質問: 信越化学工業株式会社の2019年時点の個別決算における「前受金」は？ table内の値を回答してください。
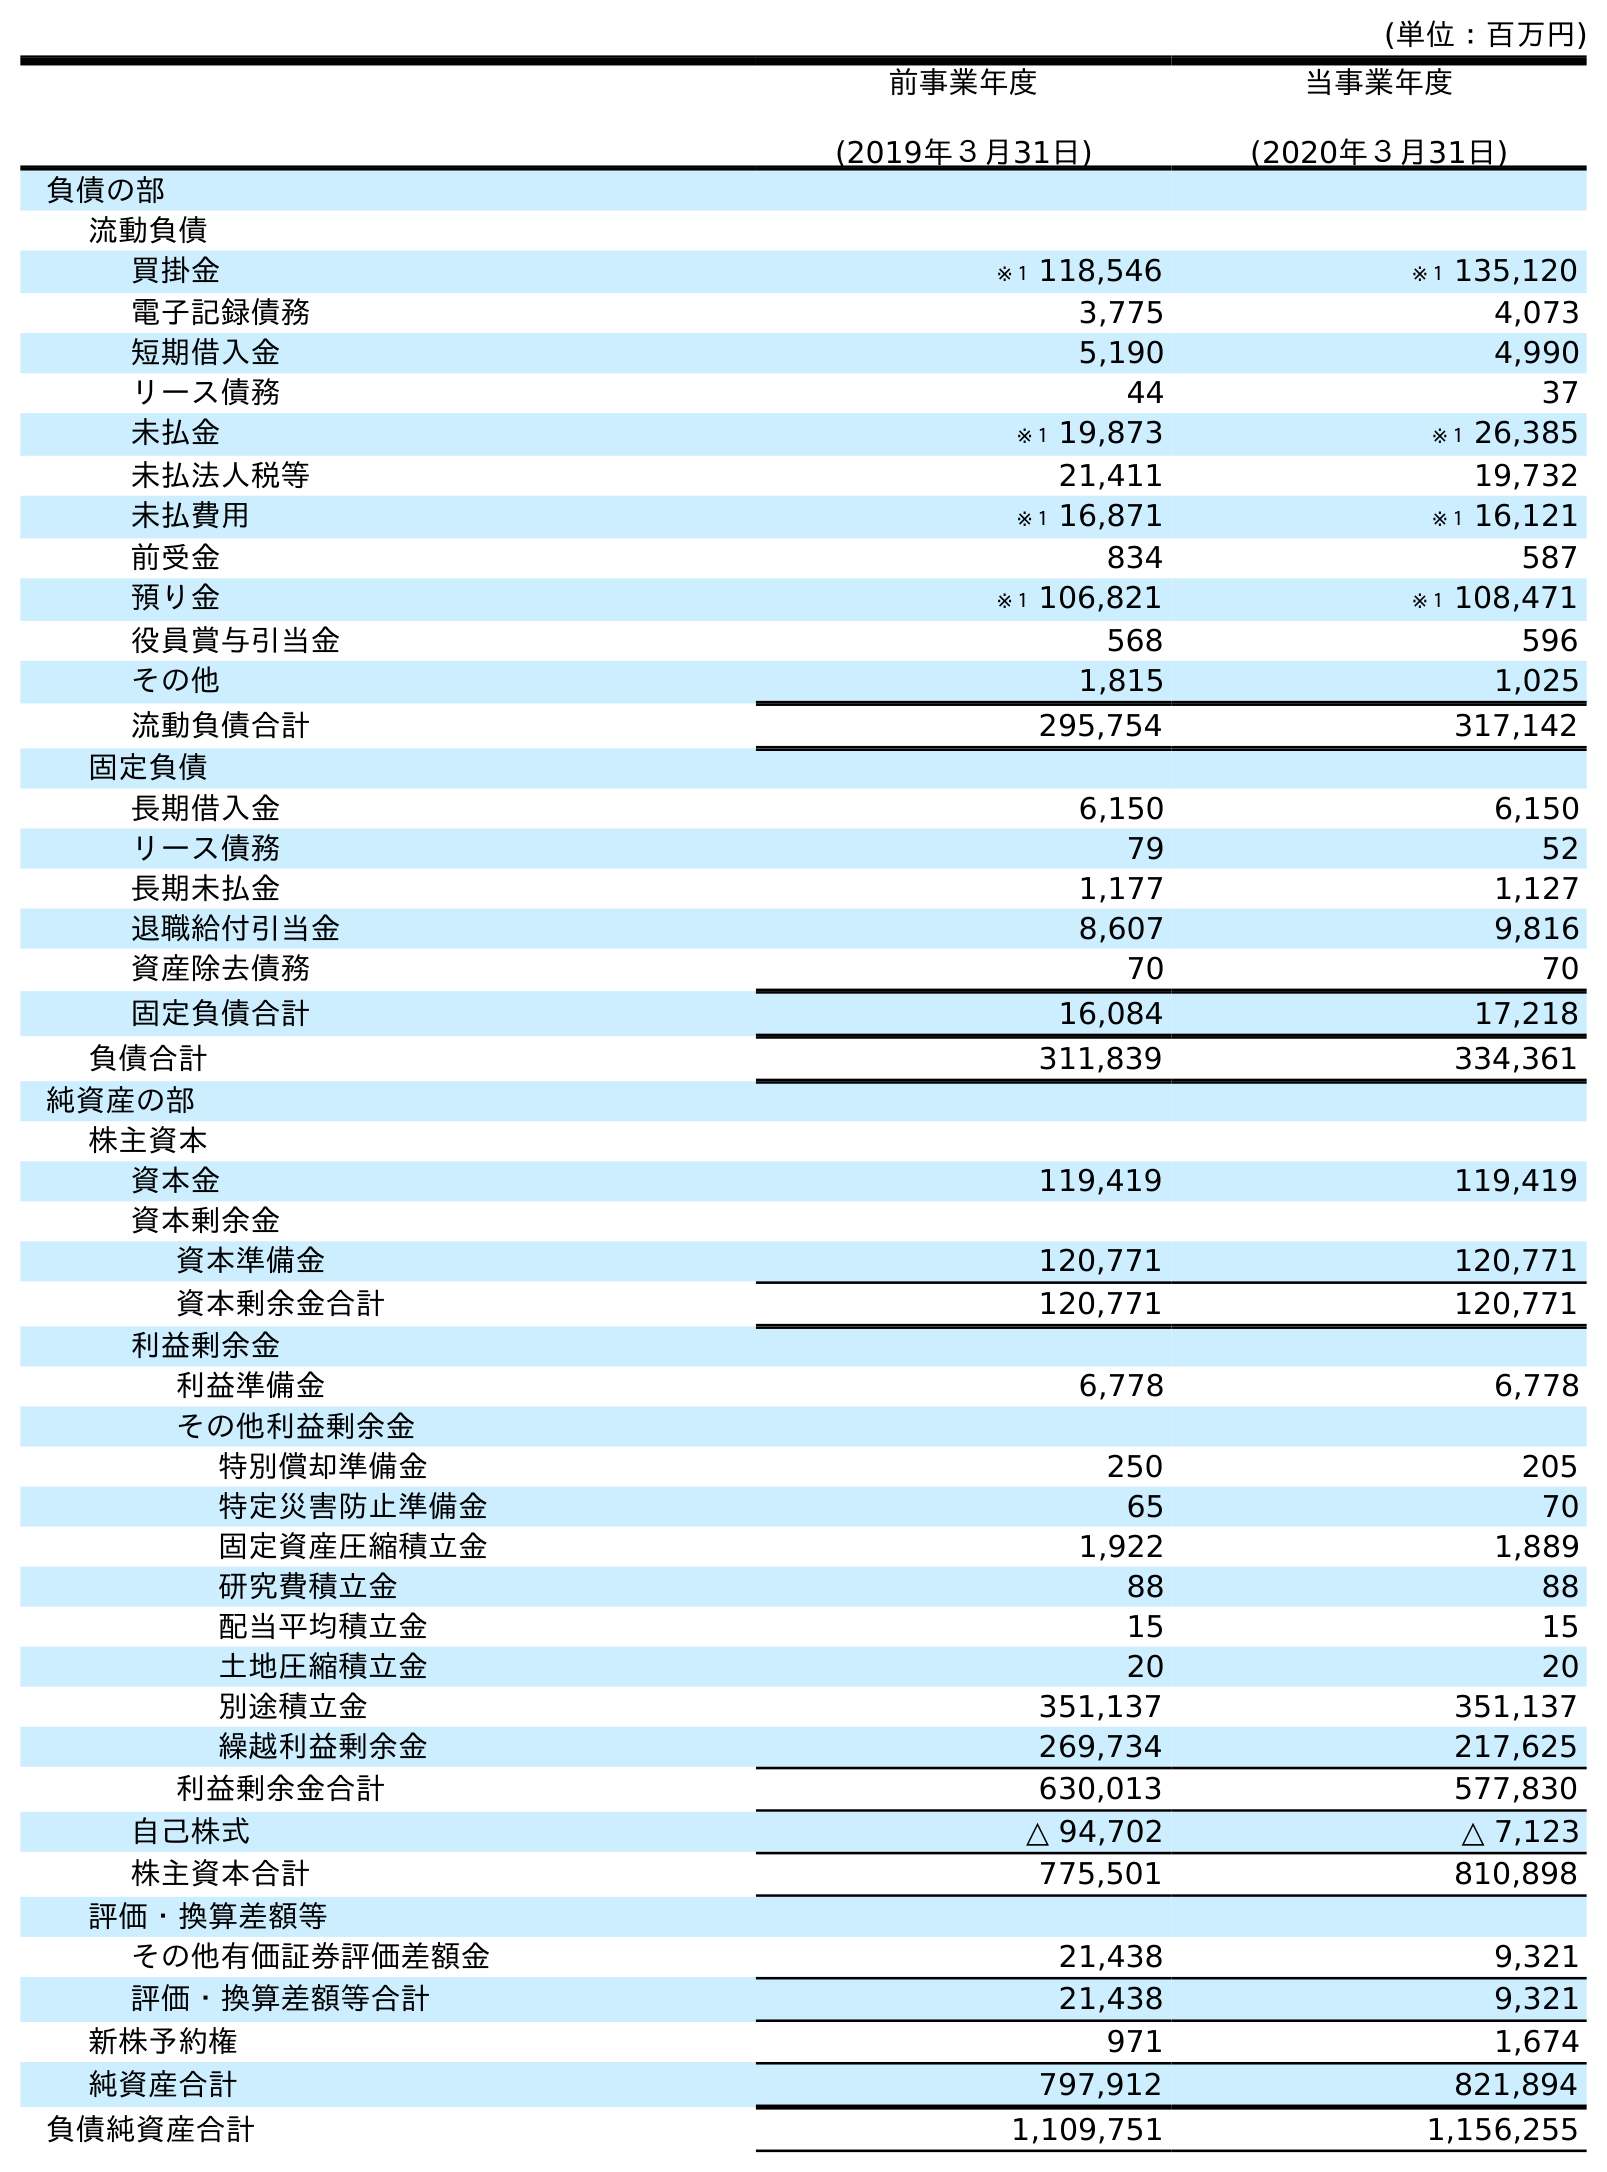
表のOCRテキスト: (単位：百万円) 前事業年度 (2019年３月31日) 当事業年度 (2020年３月31日) 負債の部 流動負債 買掛金 ※１ 118,546 ※１ 135,120 電子記録債務 3,775 4,073 短期借入金 5,190 4,990 リース債務 44 37 未払金 ※１ 19,873 ※１ 26,385 未払法人税等 21,411 19,732 未払費用 ※１ 16,871 ※１ 16,121 前受金 834 587 預り金 ※１ 106,821 ※１ 108,471 役員賞与引当金 568 596 その他 1,815 1,025 流動負債合計 295,754 317,142 固定負債 長期借入金 6,150 6,150 リース債務 79 52 長期未払金 1,177 1,127 退職給付引当金 8,607 9,816 資産除去債務 70 70 固定負債合計 16,084 17,218 負債合計 311,839 334,361 純資産の部 株主資本 資本金 119,419 119,419 資本剰余金 資本準備金 120,771 120,771 資本剰余金合計 120,771 120,771 利益剰余金 利益準備金 6,778 6,778 その他利益剰余金 特別償却準備金 250 205 特定災害防止準備金 65 70 固定資産圧縮積立金 1,922 1,889 研究費積立金 88 88 配当平均積立金 15 15 土地圧縮積立金 20 20 別途積立金 351,137 351,137 繰越利益剰余金 269,734 217,625 利益剰余金合計 630,013 577,830 自己株式 △ 94,702 △ 7,123 株主資本合計 775,501 810,898 評価・換算差額等 その他有価証券評価差額金 21,438 9,321 評価・換算差額等合計 21,438 9,321 新株予約権 971 1,674 純資産合計 797,912 821,894 負債純資産合計 1,109,751 1,156,255
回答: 834